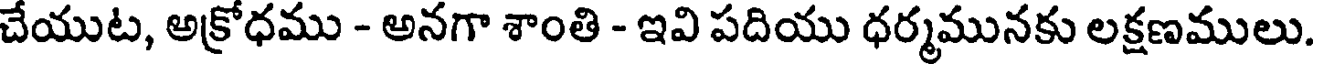
చేయుట, అక్రోధము - అనగా శాంతి - ఇవి పదియు ధర్మమునకు లక్షణములు.